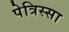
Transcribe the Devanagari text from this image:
पेत्रिस्सा